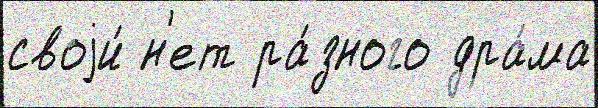
своjи́ н'ет ра́зного дра́ма